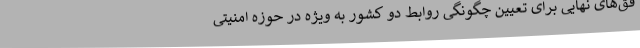
فق‌های نهایی برای تعیین چگونگی روابط دو کشور به ویژه در حوزه امنیتی